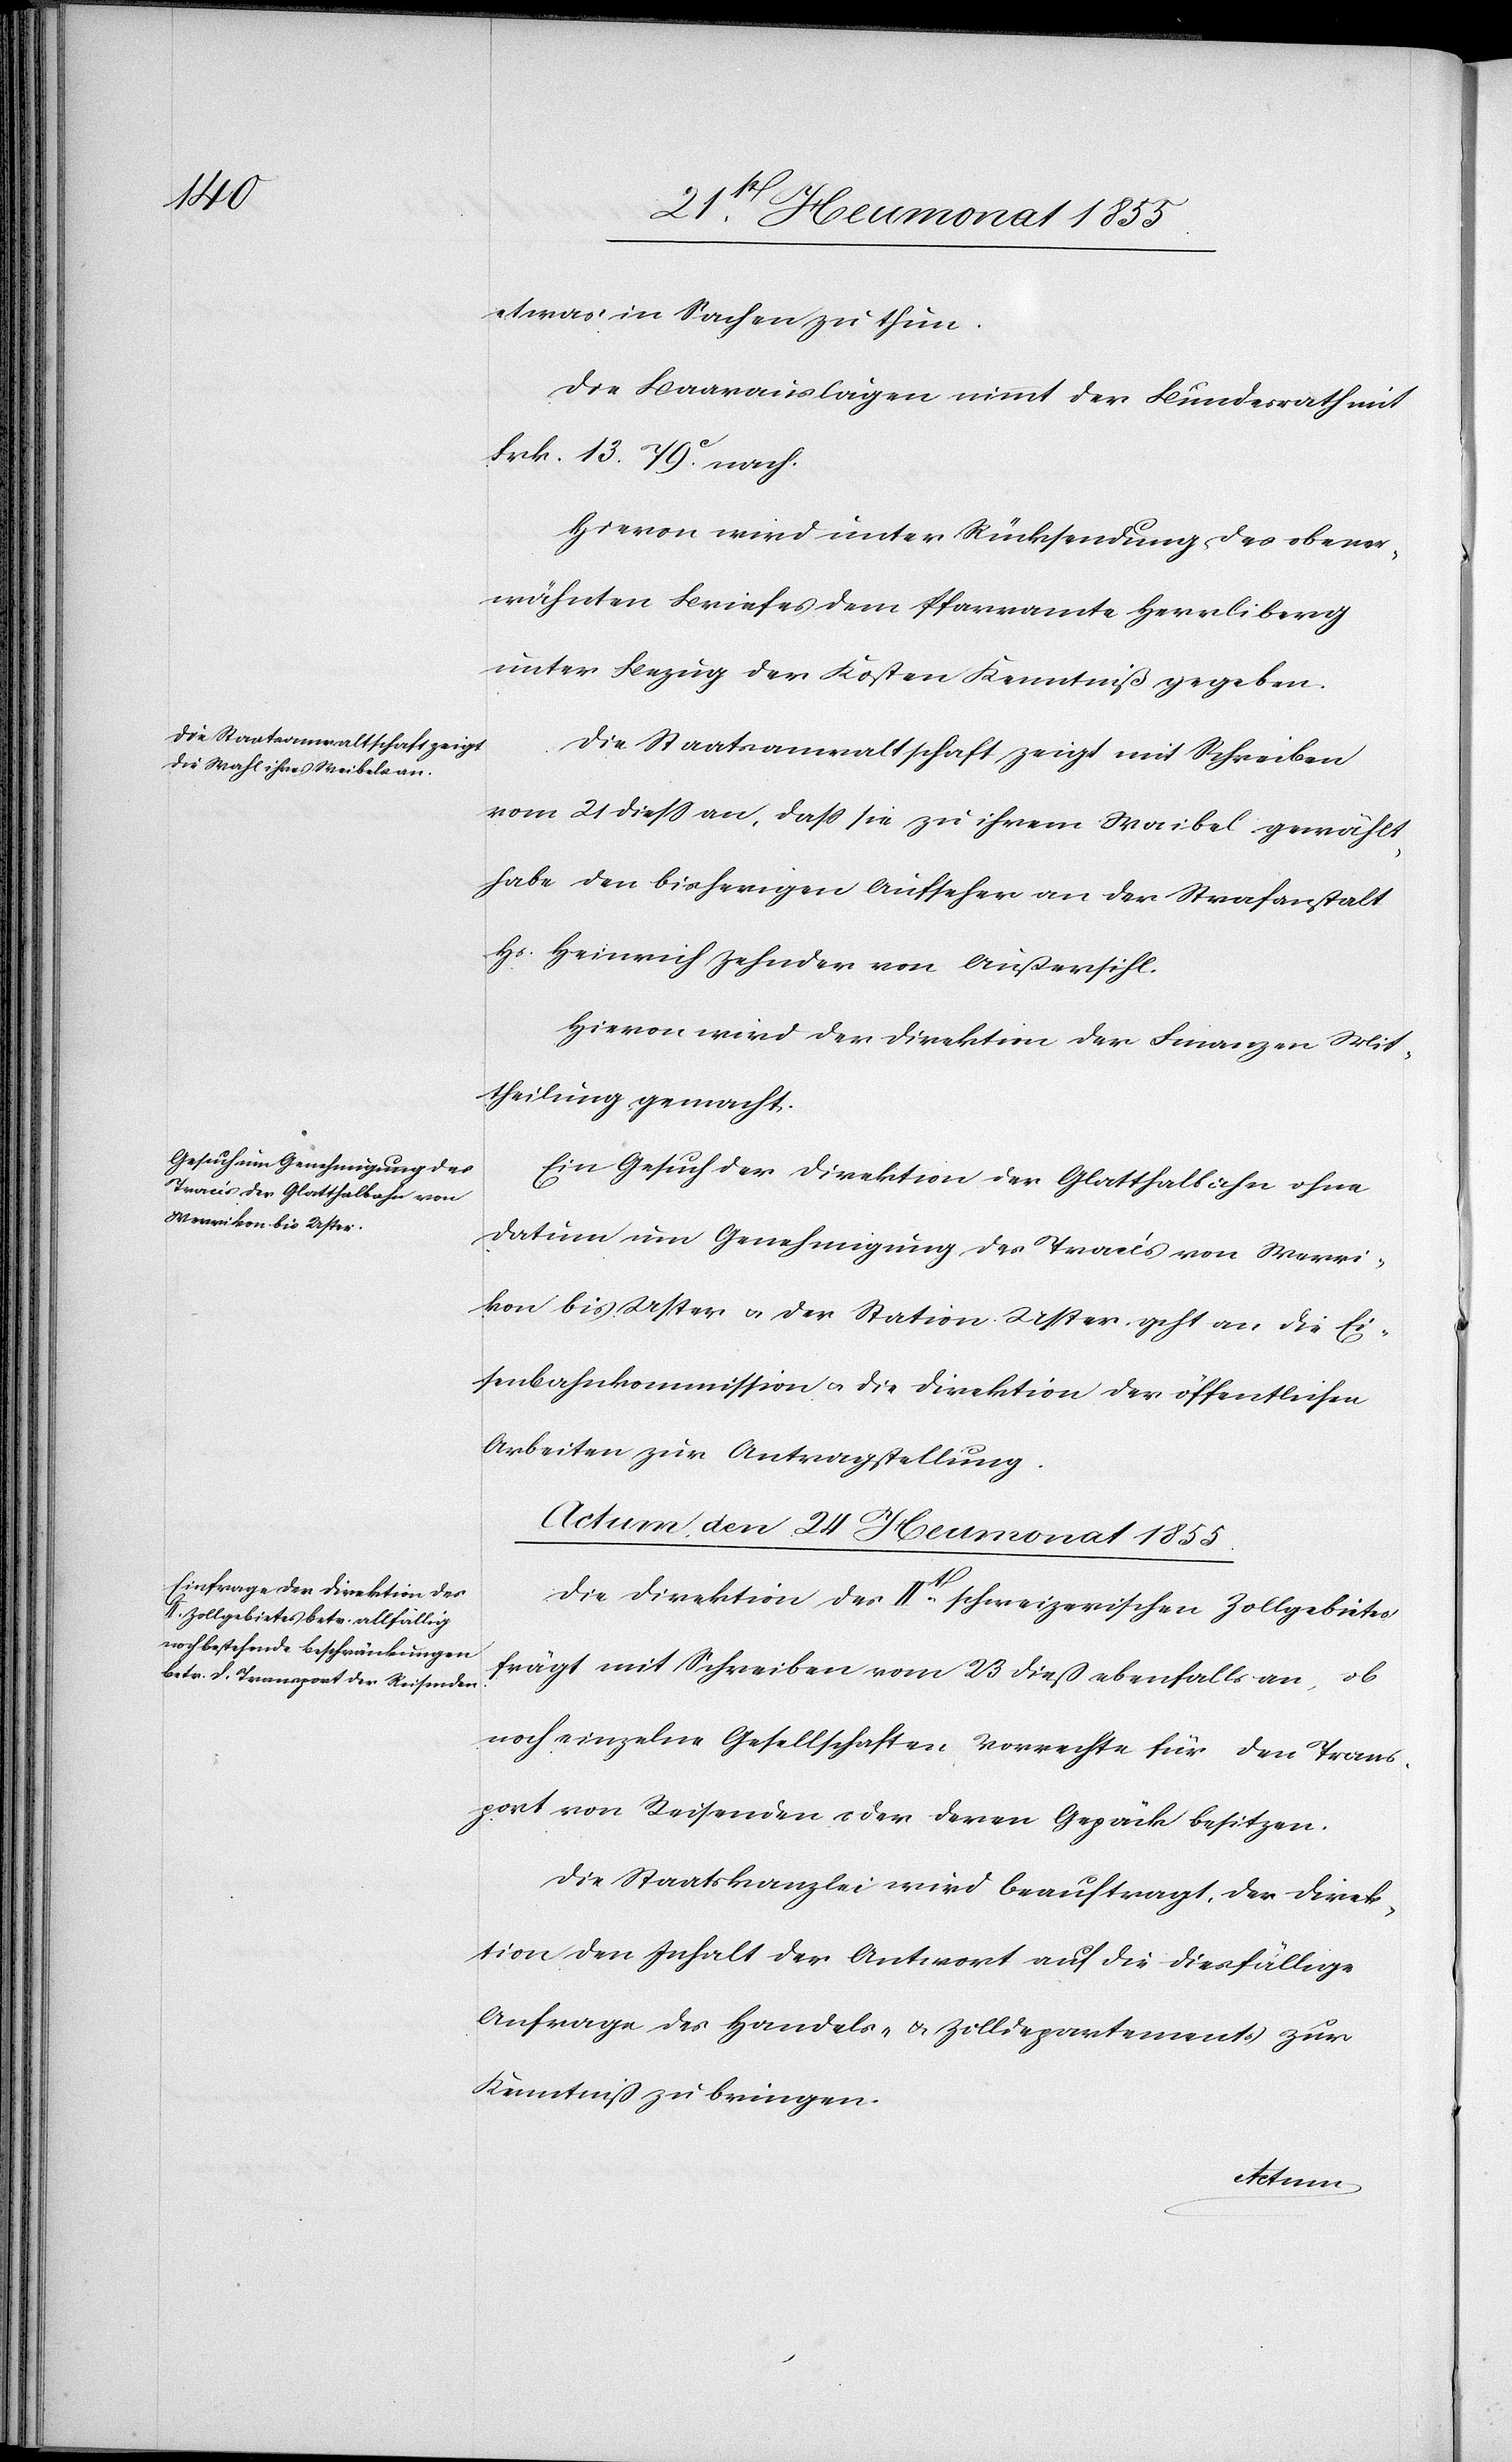
etwas in Sachen zu thun.
Die Baarauslagen nimmt der Bundesrath mit
Frk. 13. 79c. nach.
Hievon wird unter Rücksendung des obener¬
wähnten Briefes dem Pfarramte Herrliberg
unter Bezug der Kosten Kenntniß gegeben.
Die Staatsanwaltschaft zeigt mit Schreiben
vom 21 diess an, dass sie zu ihrem Waibel gewählt
habe den bisherigen Aufseher an der Strafanstalt
Hs. Heinrich Zehnder von Außersihl.
Hievon wird der Direktion der Finanzen Mit¬
theilung gemacht.
Ein Gesuch der Direktion der Glatthalbahn ohne
Datum um Genehmigung des Tracés von Werri¬
kon bis Uster & der Station Uster geht an die Ei¬
senbahnkommission & die Direktion der öffentlichen
Arbeiten zur Antragstellung.
Actum, den 24 Heumonat 1855.
Die Direktion des IIt[en]. schweizerischen Zollgebietes
frägt mit Schreiben vom 23 dieß ebenfalls an, ob
noch einzelne Gesellschaften Vorrechte für den Trans¬
port von Reisenden oder deren Gepäck besitzen.
Die Staatskanzlei wird beauftragt, der Direk¬
tion den Inhalt der Antwort auf die diesfällige
Anfrage des Handels- & Zolldepartements zur
Kenntniß zu bringen.